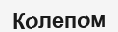
Колепом